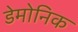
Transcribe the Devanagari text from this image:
डेमोनिक